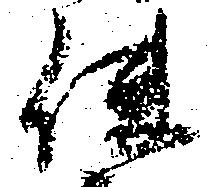
使